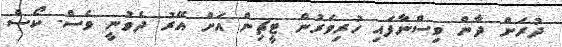
ދުރަށް ދާން ވިސްނާފައި ހުރިވަރުން ޓީޗިން އަށް އޭރު ދެވުނީ ވެސް. ކޯސް